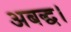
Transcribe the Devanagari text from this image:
अबद्ध।